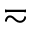
\eqsim